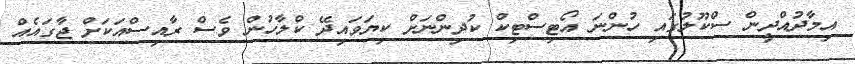
އިމާދުއްދީން ސްކޫލުގައި ހުންނަ އޯޓިސްޓިކް ކުދިންނަށް ކިޔަވައިދޭ ކްލާހުން ވެސް ރާއިސްއަކަށް ޖާގައެއް